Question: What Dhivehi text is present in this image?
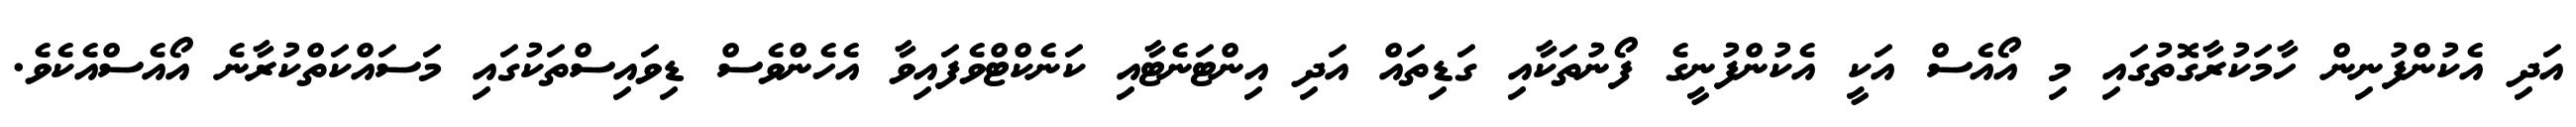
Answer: އަދި އެކުންފުނިން ހާމަކުރާގޮތުގައި މި އޯއެސް އަކީ އެކުންފުނީގެ ފޯނުތަކާއި ގަޑިތައް އަދި އިންޓަނެޓާއި ކަނެކްޓްވެފައިވާ އެހެންވެސް ޑިވައިސްތަކުގައި މަސައްކަތްކުރާނެ އޯއެސްއެކެވެ.